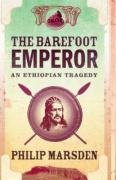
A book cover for The Barefoot Emperor: An Ethiopian Tragedy; Philip Marsden; Travel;